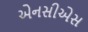
એનસીએસ